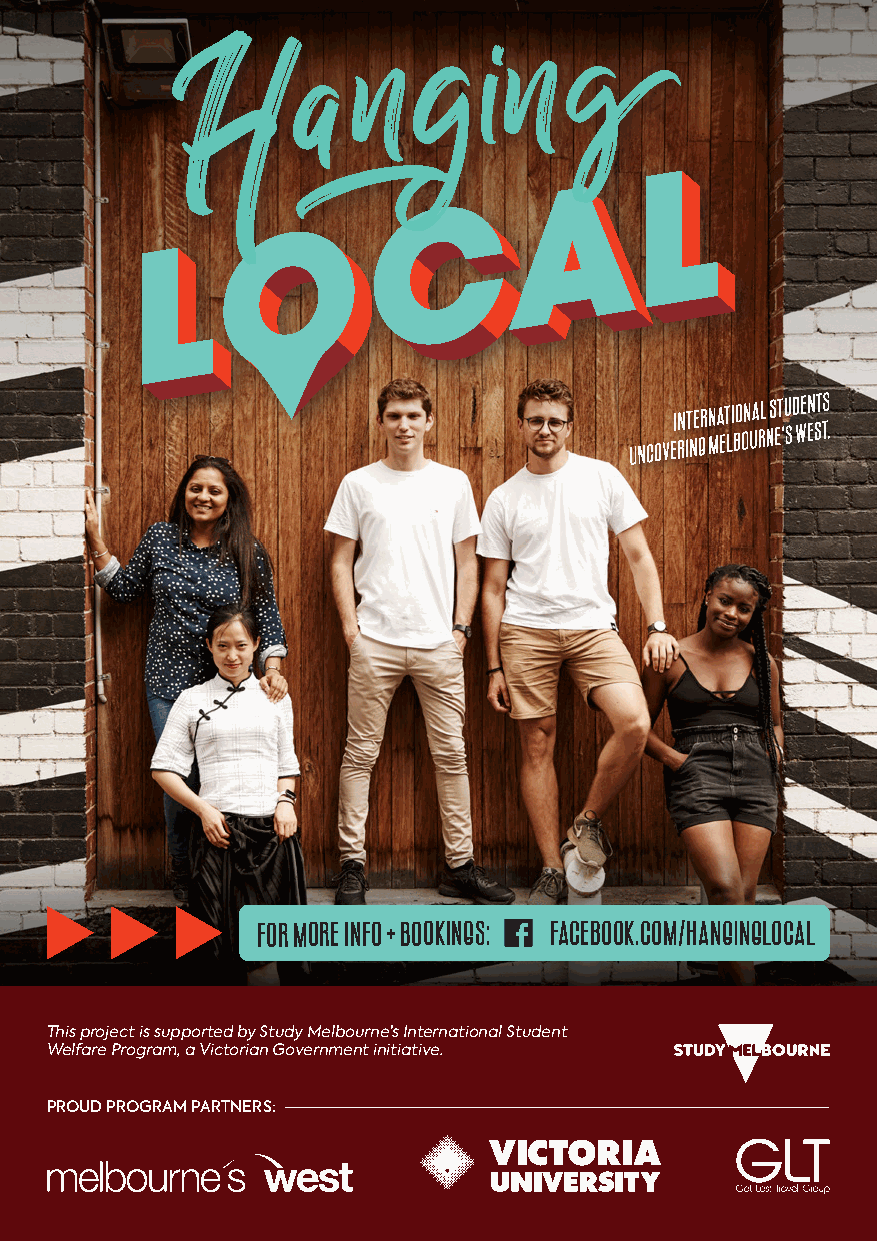
For more info + bookings: facebook.com/hanginglocal
 This project is supported by Study Melbourne’s International Student
 Welfare Program, a Victorian Government initiative.
 PROUD PROGRAM PARTNERS: